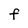
Character: F